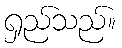
ရှည်သည်။